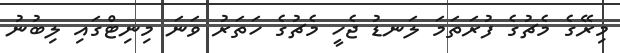
މިރޭގެ މެޗުގެ ފުރަތަމަ ލަނޑު ޖެހީ މެޗުގެ ހަތަރު ވަނަ މިނިޓްގައި ލިބުނު